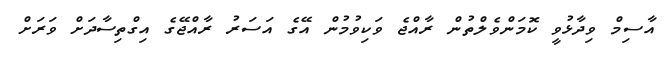
އާސިމް ވިދާޅުވީ ކޮމަންވެލްތުން ރާއްޖެ ވަކިވުމުން އޭގެ އަސަރު ރާއްޖޭގެ އިގްތިސާދަށް ވަރަށް